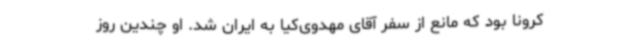
کرونا بود که مانع از سفر آقای مهدوی‌کیا به ایران شد. او چندین روز